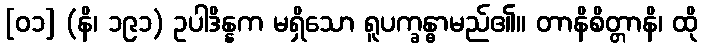
[၀၁] (နိ၊ ၁၉၁) ဥပါဒိန္နက မရှိသော ရူပက္ခန္ဓာမည်၏။ တာနိစိတ္တာနိ၊ ထို